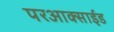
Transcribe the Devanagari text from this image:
परआक्साईड